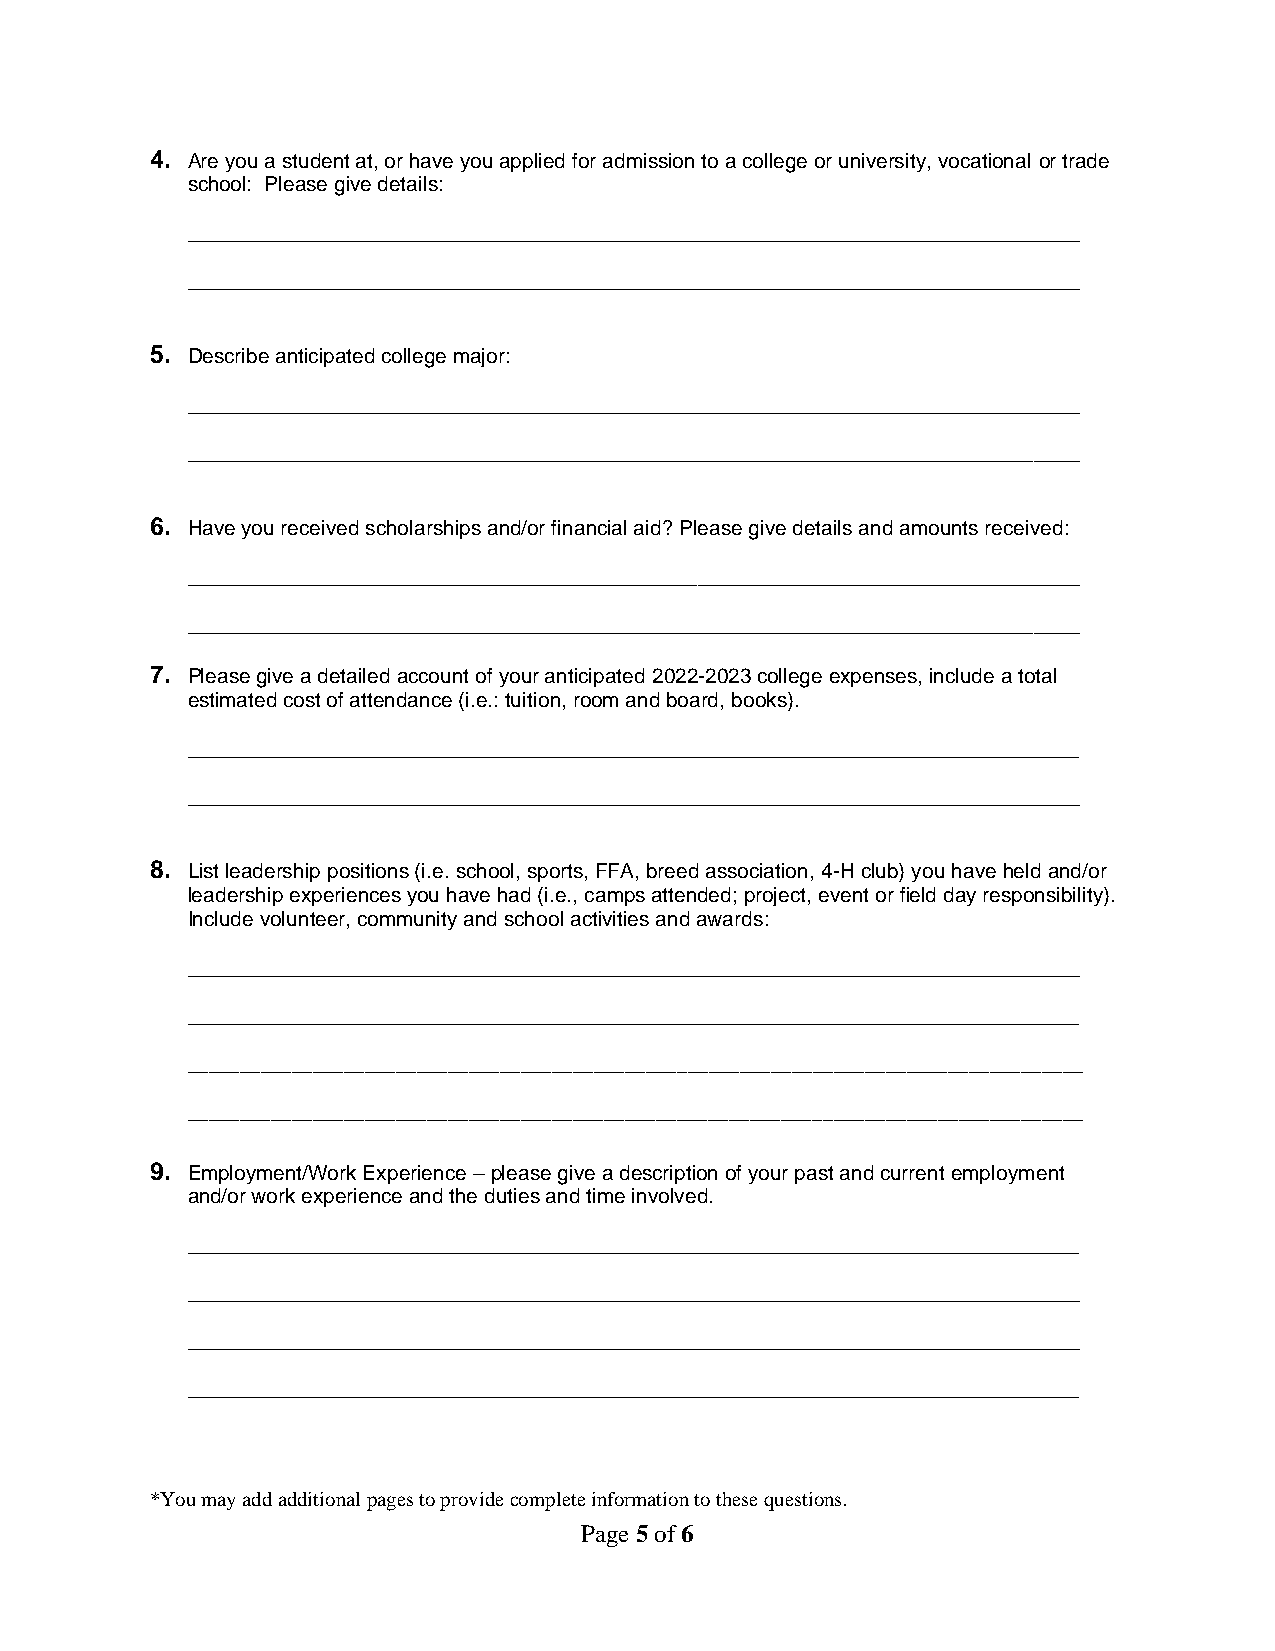
4. Are you a student at, or have you applied for admission to a college or university, vocational or trade
 school: Please give details:
 _____________________________________________________________________________
 _____________________________________________________________________________
 5. Describe anticipated college major:
 _____________________________________________________________________________
 _____________________________________________________________________________
 6. Have you received scholarships and/or financial aid? Please give details and amounts received:
 _____________________________________________________________________________
 _____________________________________________________________________________
 7. Please give a detailed account of your anticipated 2022-2023 college expenses, include a total
 estimated cost of attendance (i.e.: tuition, room and board, books).
 _____________________________________________________________________________
 _____________________________________________________________________________
 8. List leadership positions (i.e. school, sports, FFA, breed association, 4-H club) you have held and/or
 leadership experiences you have had (i.e., camps attended; project, event or field day responsibility).
 Include volunteer, community and school activities and awards:
 _____________________________________________________________________________
 _____________________________________________________________________________
 ______________________________________________________________________________________
 ______________________________________________________________________________________
 9. Employment/Work Experience – please give a description of your past and current employment
 and/or work experience and the duties and time involved.
 _____________________________________________________________________________
 _____________________________________________________________________________
 _____________________________________________________________________________
 _____________________________________________________________________________
 *You may add additional pages to provide complete information to these questions.
 Page 5 of 6